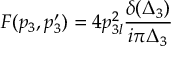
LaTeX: F ( p _ { 3 } , p _ { 3 } ^ { \prime } ) = 4 p _ { 3 l } ^ { 2 } \frac { \delta ( \Delta _ { 3 } ) } { i \pi \Delta _ { 3 } }